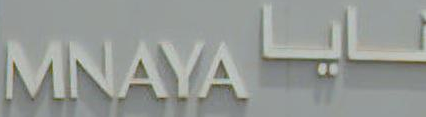
MNAYAL